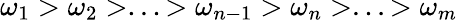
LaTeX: \omega_{1}>\omega_{2}>...>\omega_{n-1}>\omega_{n}>...>\omega_{m}